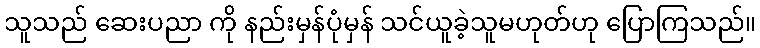
သူသည် ဆေးပညာ ကို နည်းမှန်ပုံမှန် သင်ယူခဲ့သူမဟုတ်ဟု ပြောကြသည်။